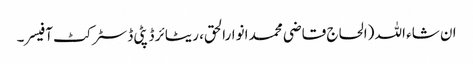
ان شاء اللہ (الحاج قاضی محمد انوارالحق، ریٹائر ڈپٹی ڈسٹرکٹ آفیسر۔